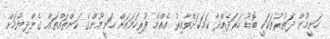
ހަނީމޫން ދަތުރުތަކަކީ ބޮޑު ހަރަދެއްދާ ކަމަކަށްވާއިރު އެއްމެ ފުރިހަމައަށް ހަނީމޫންގެ ކަންތައްތައް ގެންދިޔުމަށް